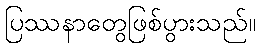
ပြဿနာတွေဖြစ်ပွားသည်။